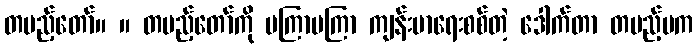
တပည့်တော်။ ။ တပည့်တော်ကို မကြာမကြာ ကျန်းမာရေးစစ်တဲ့ ဒေါက်တာ တပည့်မက